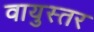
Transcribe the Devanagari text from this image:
वायुस्तर